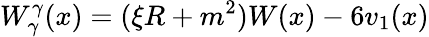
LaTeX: W_{\gamma}^{\gamma}(x)=(\xi R+m^{2})W(x)-6v_{1}(x)